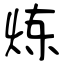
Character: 炼